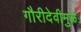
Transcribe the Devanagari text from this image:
गौरीदेवीमुळे